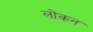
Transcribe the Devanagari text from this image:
लोंकन